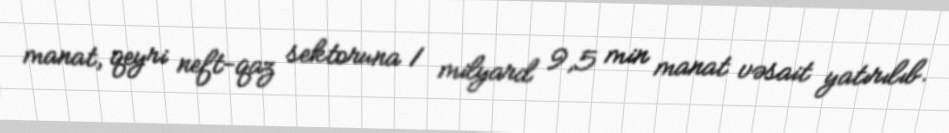
manat, qeyri neft-qaz sektoruna 1 milyard 9,5 min manat vəsait yatırılıb.